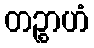
တဉ္စာဟံ